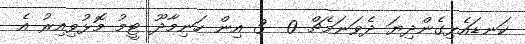
ކަނޑައެޅިގެންދިޔަ ދެވަނަމެޗް 0  3 އިން ހަނިމާދޫ ޓީމު މޮޅުވިއިރު އެ